Vaccination in Burma 1920-1933 - 1920-1933
Year: 1920
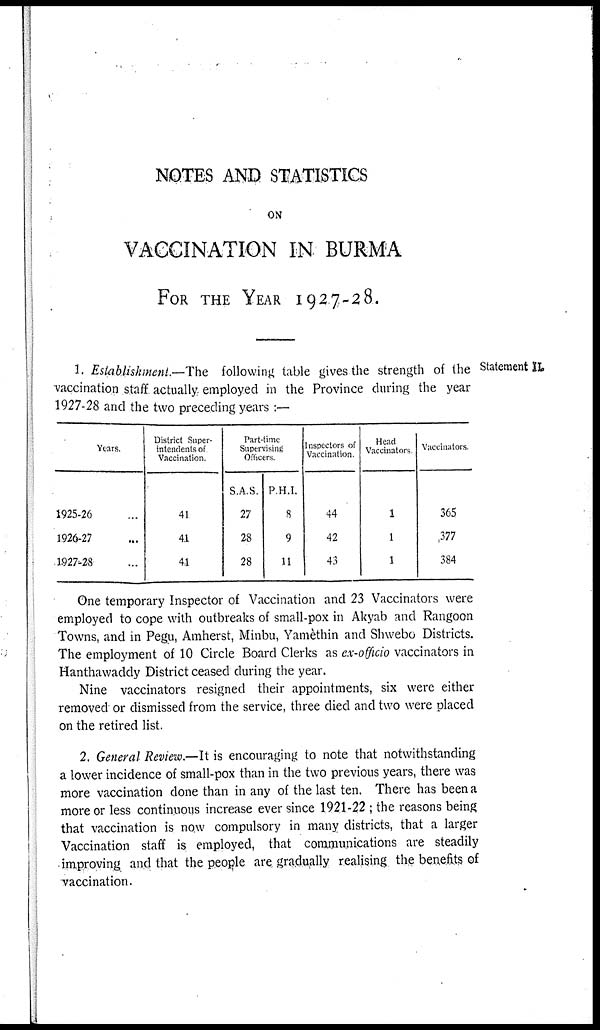
NOTES AND STATISTICS
ON
VACCINATION IN BURMA
FOR THE YEAR 1927-28.
Statement II.
1. Establishment.—The following table gives the strength of the
vaccination staff actually employed in the Province during the year
1927-28 and the two preceding years :—
Years.
1925-26 ...
1926-27 ...
1927-28 ...
District Super-
intendents of
Vaccination.
41
41
41
Part-time
Supervising
Officers.
S.A.S.
27
28
28
P.H.I.
8
9
11
Inspectors of
Vaccination.
44
42
43
Head
Vaccinators
1
1
1
Vaccinators.
365
377
384
One temporary Inspector of Vaccination and 23 Vaccinators were
employed to cope with outbreaks of small-pox in Akyab and Rangoon
Towns, and in Pegu, Amherst, Minbu, Yamèthin and Shwebo Districts.
The employment of 10 Circle Board Clerks as ex-officio vaccinators in
Hanthawaddy District ceased during the year.
Nine vaccinators resigned their appointments, six were either
removed or dismissed from the service, three died and two were placed
on the retired list.
2. General Review.—It is encouraging to note that notwithstanding
a lower incidence of small-pox than in the two previous years, there was
more vaccination done than in any of the last ten. There has been a
more or less continuous increase ever since 1921-22 ; the reasons being
that vaccination is now compulsory in many districts, that a larger
Vaccination staff is employed, that communications are steadily
improving and that the people are gradually realising the benefits of
vaccination.